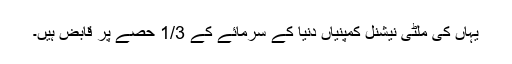
یہاں کی ملٹی نیشنل کمپنیاں دنیا کے سرمائے کے 1/3 حصے پر قابض ہیں۔